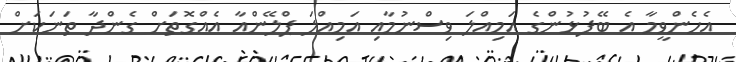
އެހެންވީމާ އެ ބޭފުޅުންގެ އަމިއްލަ ވިސްނުމާއި އަމިއްލަ ޕްލޭންއާ އެއްގޮތަށް ގެންދާ ތަނަކަށް